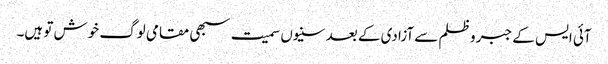
آئی ایس کے جبر و ظلم سے آزادی کے بعد سنیوں سمیت سبھی مقامی لوگ خوش تو ہیں۔